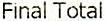
FINAL TOTAL